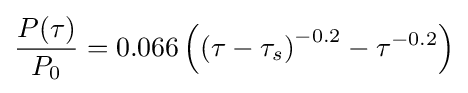
{\frac {P(\tau )}{P_{0}}}=0.066\left(\left(\tau -\tau _{s}\right)^{-0.2}-\tau ^{-0.2}\right)